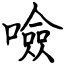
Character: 噞